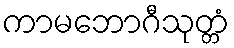
ကာမဘောဂီသုတ္တံ